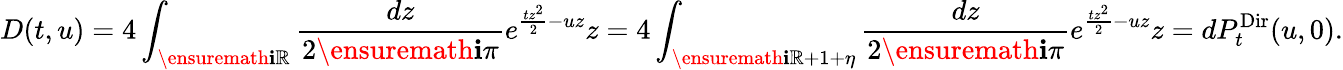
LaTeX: D(t,u)=4\int_{\ensuremath{\mathbf{i}}\mathbb R}\frac{dz}{2\ensuremath{\mathbf{i}}\pi}e^{\frac{tz^{2}}{2}-uz}z=4\int_{\ensuremath{\mathbf{i}}\mathbb R+1+\eta}\frac{dz}{2\ensuremath{\mathbf{i}}\pi}e^{\frac{tz^{2}}{2}-uz}z=dP_{t}^{\mathrm{Dir}}(u,0).